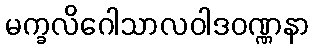
မက္ခလိဂေါသာလဝါဒဝဏ္ဏနာ